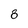
Character: 8